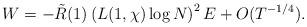
LaTeX: \begin{align*} W=-\tilde R(1)\left(L(1,\chi)\log{N}\right)^2E+O(T^{-1/4}).\end{align*}